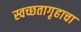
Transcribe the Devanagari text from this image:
स्वच्छतागृहाचा